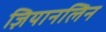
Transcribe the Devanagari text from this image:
ज़ियानलिन